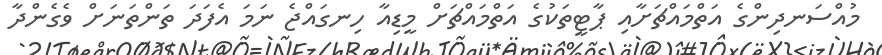
މުއްސަނދިންގެ އަތްމައްޗަށާއި ޕާޓީތަކުގެ އަތްމައްޗަށް މީޑިއާ ހިނގައްޖެ ނަމަ އެފަދަ ތަންތަނަށް ވެގެންދާ